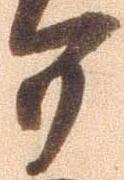
而